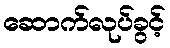
ဆောက်လုပ်ခွင့်